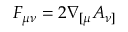
F _ { \mu \nu } = 2 \nabla _ { [ \mu } A _ { \nu ] }